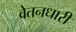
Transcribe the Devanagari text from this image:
वेतनधारी